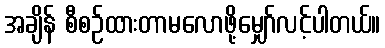
အချိန် စီစဉ်ထားတာမလောဖို့မျှော်လင့်ပါတယ်။